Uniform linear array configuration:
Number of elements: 8
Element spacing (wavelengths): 1
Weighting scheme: uniform
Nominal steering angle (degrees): -60
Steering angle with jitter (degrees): -59.153
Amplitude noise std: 0.05
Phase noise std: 0.05

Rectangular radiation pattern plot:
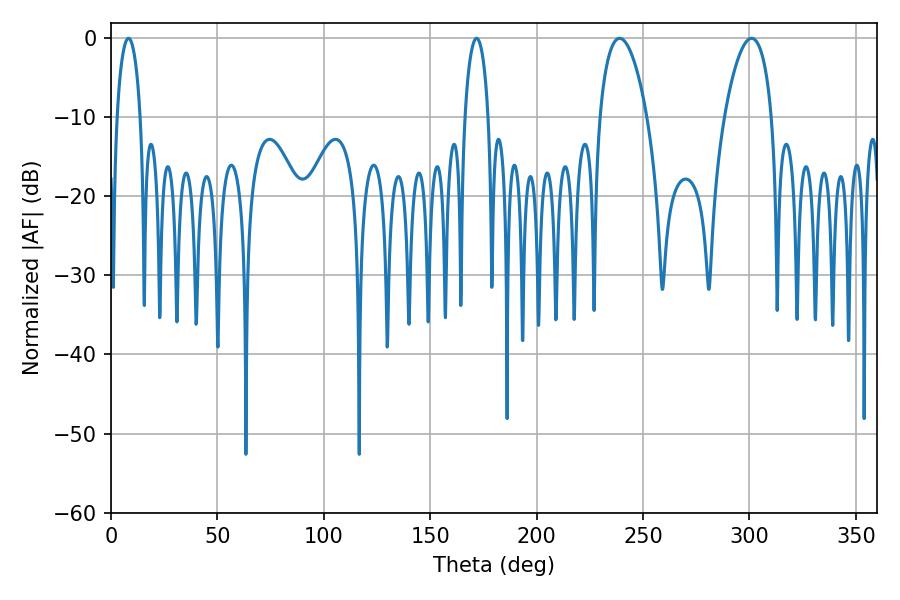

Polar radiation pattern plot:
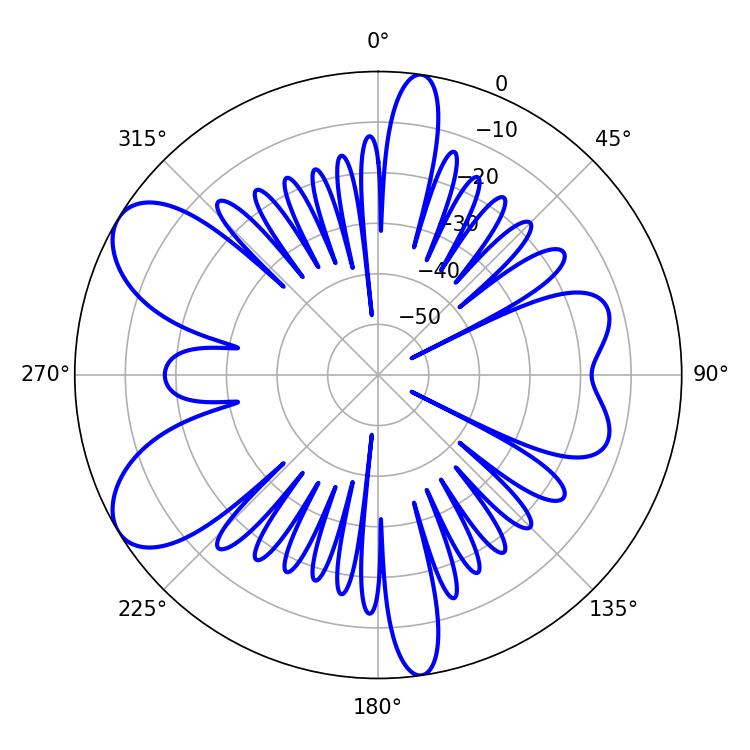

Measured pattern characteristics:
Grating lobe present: TRUE
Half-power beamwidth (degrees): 12.6
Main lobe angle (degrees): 239.04